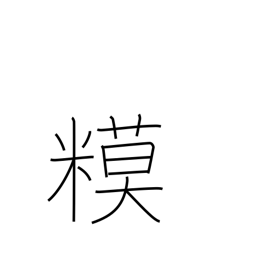
Meaning: rice snacks